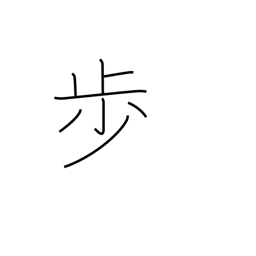
Meaning: counter for steps